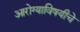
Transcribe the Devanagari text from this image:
आरोग्याविषयीचे